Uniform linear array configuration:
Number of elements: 8
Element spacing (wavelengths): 0.5
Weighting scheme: kaiser
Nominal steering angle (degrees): -30
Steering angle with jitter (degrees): -31.5
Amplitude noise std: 0.05
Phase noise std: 0.05

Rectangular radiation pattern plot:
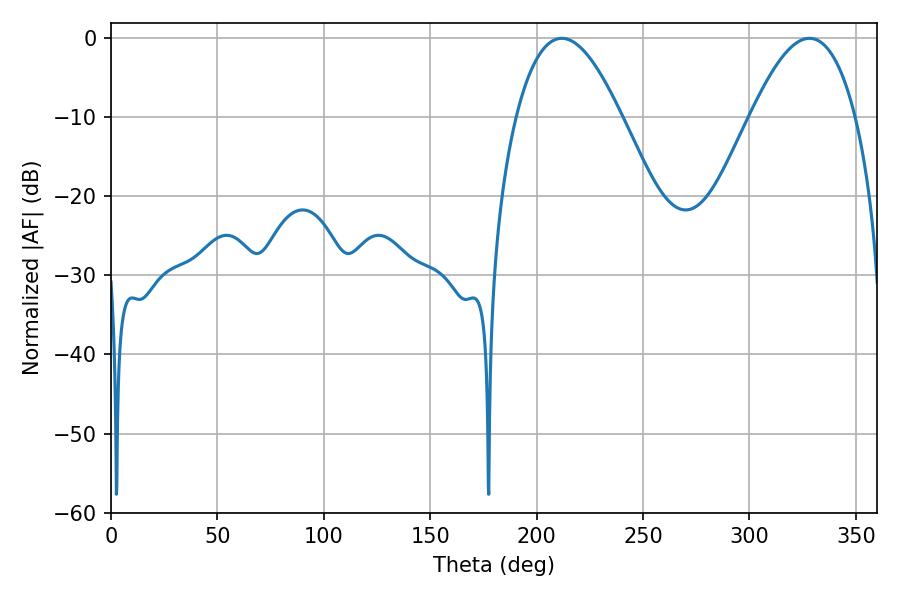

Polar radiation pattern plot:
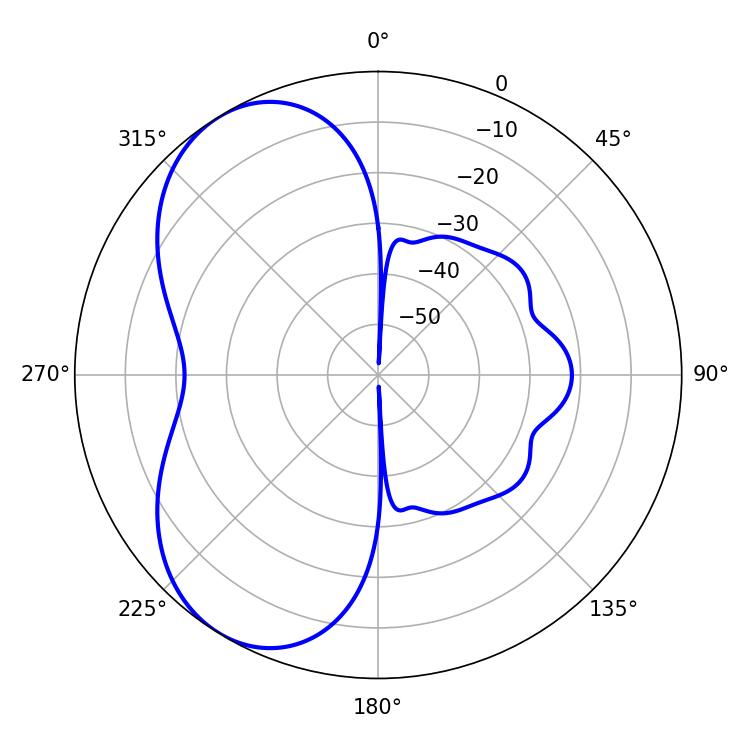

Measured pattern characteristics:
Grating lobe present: FALSE
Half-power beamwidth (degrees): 27
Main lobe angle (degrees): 211.86